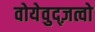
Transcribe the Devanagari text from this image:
वोयेवुद्ज़त्वो